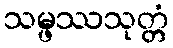
သမ္ဖဿသုတ္တံ